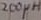
Text: 200µH